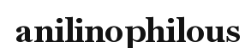
anilinophilous